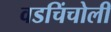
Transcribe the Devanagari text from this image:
वडचिंचोली